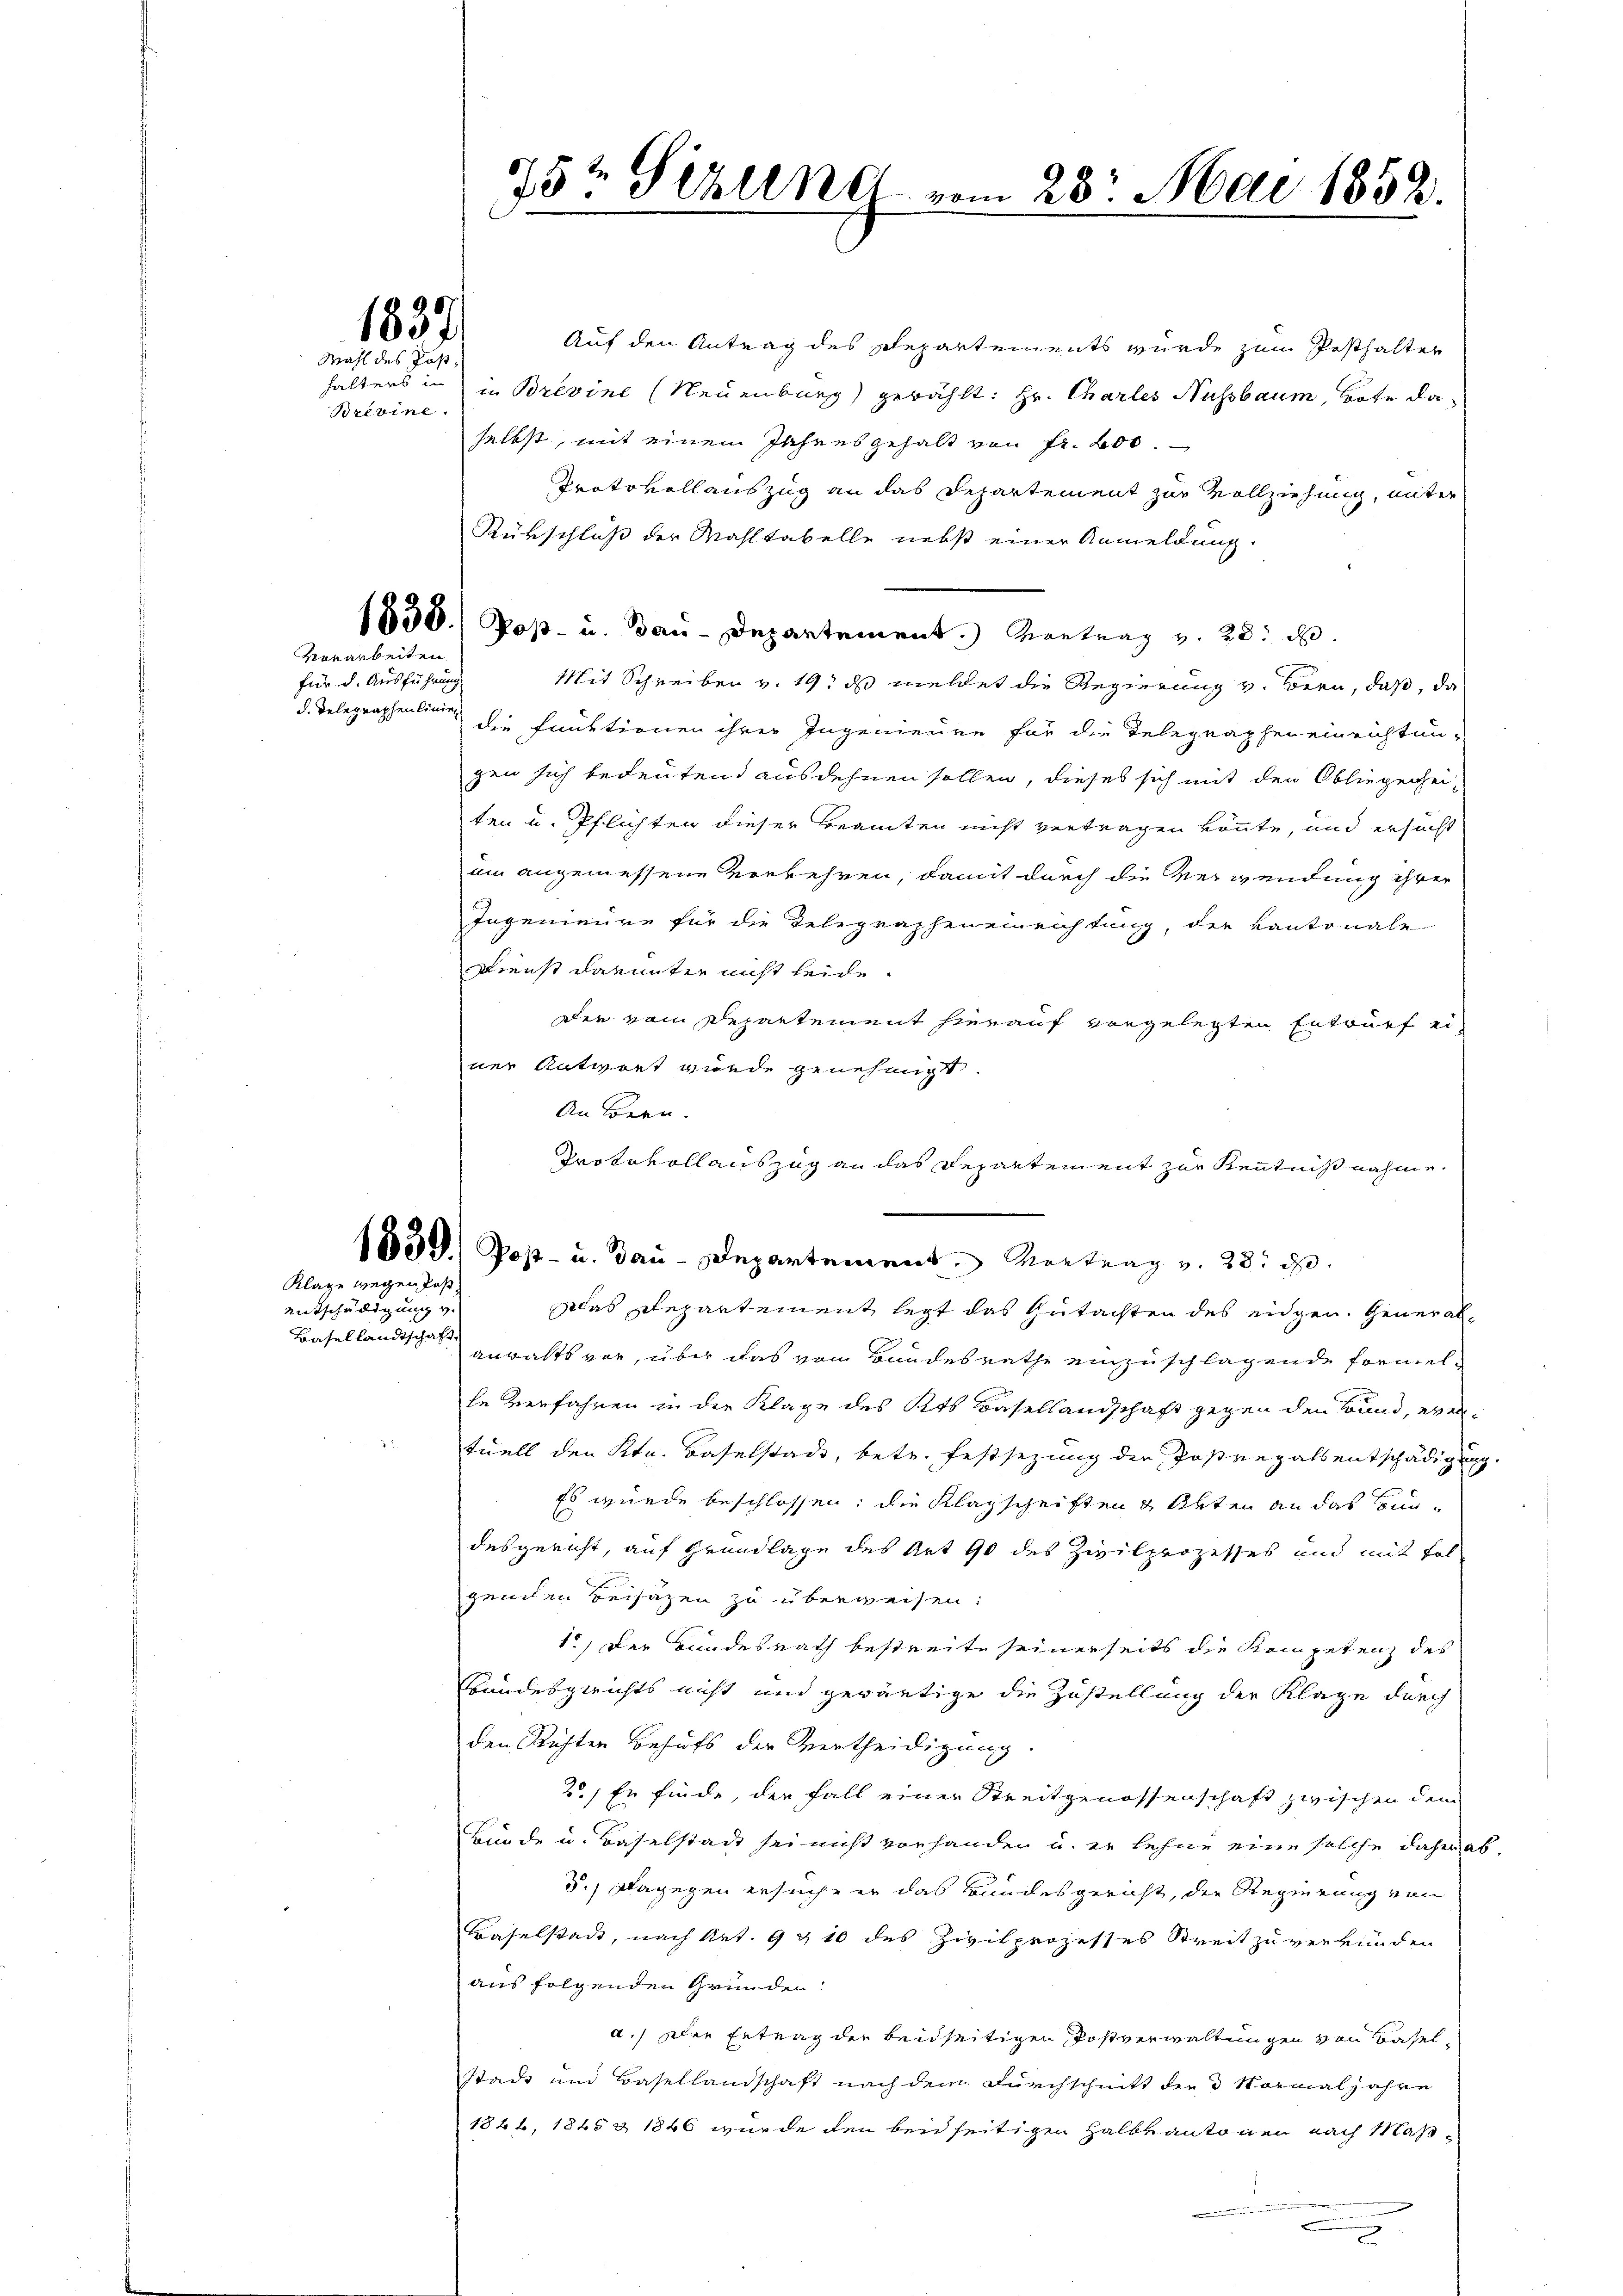
1837.
Mahl des Post

Brevine.

Vorarbeiten.

für d. Ausführung
d. Telegraphenlinien

Klage wegen das

entschädigung v.
Basellandtschaft

5t Serend vom 23. Mai 1858.
.

Auf den Antrag des Departements wurde zum Pesthalter
halters in in Brevine (Neuenburg) gewählt: Hr. Charles Nussbaum, Bote da
selbst, mit einem Jahresgehalt von Fr. 200.
Protokollauszug an das Departement zur Vollziehung, unter
Rürschluß der Mahltabelle nebst einer Anmeldung.
1858.) Post- u. Bau-Departement. Vortrag v. 28. d.
Mit Schreiben v. 19. ds meldet die Regierung v. Bern, daß, da
die funktionen ihrer Ingenieure für die Telegraphen einrichtungen sich bedeutend ausdehnen sollen, dieses sich mit den Obliegenhei-
ten u. Pflichten dieser Beamten nicht vertragen könnte, und ersucht
um angemessene Verkehren, damit durch die Verwendung ihrer
Ingenieure für die Telegrapheneinrichtung, der Kantonale
Dienst darunter nicht leide.
der vom Departement hierauf vorgelegten Entwurf einer Antwort wurde genehmst
An Bern.
e
1851) Post- u. Bau-Departement. Vortrag v. 28. d.
klas Departement legt das Gutachten des eidgen. Generalanwalts vor, über das vom Bundesrathe einzuschlagende Formelse verfahren in der Klage des Kts Basellandschaft gegen den Bund, eventuell den Kt. Baselstadt, betr. Festsezung der Postregalsentschädigung.
Es wurde beschlossen; die Klagschriften & Akten an das Bundesgericht, auf Grundlage des Art 90 des Zivilprozesses und mit Fol
peniten Beisazen zu überweisen:
1.) Der Bundesrath bestreite seinerseits die Kompetenz des
bandesgerichts nicht und gewärtige die Zustellung der Klage durch
den Richten Behufs der Vertheidigung.
20, Er finde, der Fall einer Streitgenossenschaft zwischen dem
Bürde u. Baselstadt sei nicht vorhanden u. er lehne eine solche daher ab-
3.) Dagegen ersuche er das Bundesgericht, die Regierung von
Baselstadt, nach Art. 9 & 10 des Zivilprozesses Streit zu verkünden
aus folgenden Gründen.
a.) Die Ertrag der beidseitigen Postverwaltungen von Baselstadt und Basellandschaft nach dem Durchschnitt der Normaljahre
1866, 1865 & 1846 wurde den beidseitigen Halbvantonen nach Maß¬
.

Protokollauszug an das Departement zur Kenntnißnahme.